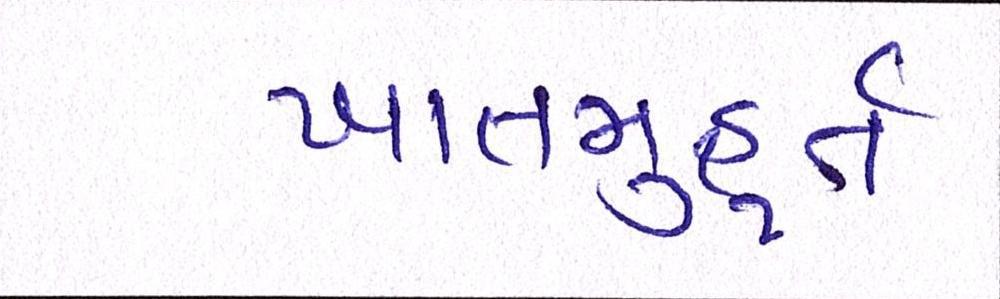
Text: ખાતમુહૂર્ત